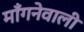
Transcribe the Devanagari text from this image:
माँगनेवाली